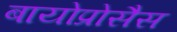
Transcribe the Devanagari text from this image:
बायोप्रोसैस